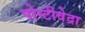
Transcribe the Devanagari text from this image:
पोन्टीवेद्रा